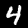
Label: 4